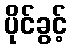
ပိုင်ခွင့်